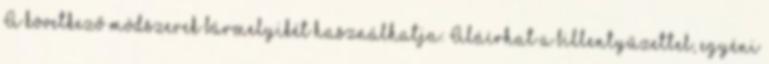
A következő módszerek bármelyikét használhatja: Aláírhat a billentyűzettel, egyéni